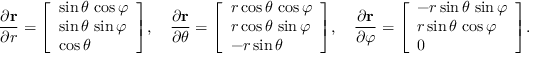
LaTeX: { \frac { \partial \mathbf { r } } { \partial r } } = { \left[ \begin{array} { l } { \sin \theta \, \cos \varphi } \\ { \sin \theta \, \sin \varphi } \\ { \cos \theta } \end{array} \right] } , \quad { \frac { \partial \mathbf { r } } { \partial \theta } } = { \left[ \begin{array} { l } { r \cos \theta \, \cos \varphi } \\ { r \cos \theta \, \sin \varphi } \\ { - r \sin \theta } \end{array} \right] } , \quad { \frac { \partial \mathbf { r } } { \partial \varphi } } = { \left[ \begin{array} { l } { - r \sin \theta \, \sin \varphi } \\ { r \sin \theta \, \cos \varphi } \\ { 0 } \end{array} \right] } .